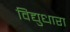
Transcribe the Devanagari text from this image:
विद्युधारा